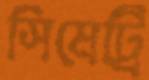
সিমেট্রি